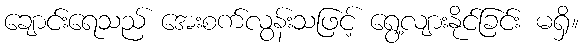
ချောင်းရေသည် အေးစက်လွန်းသဖြင့် ရွေ့လျားနိုင်ခြင်း မရှိ။